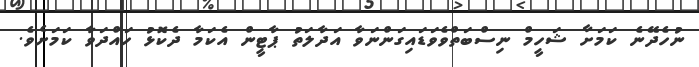
ނުހެދޭނެ ކަމަށާ ޝަހީމް ނިސްބަތްވެވަޑައިގަންނަވާ އަދާލަތު ޕާޓީން އެކަމާ ދެކޮޅު ހައްދަވާ ކަމަށެވެ.